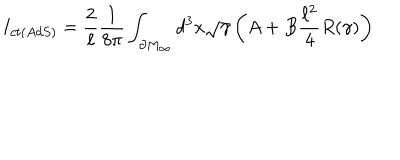
I _ { c t ( A d S ) } = \frac { 2 } { \ell } \frac { 1 } { 8 \pi } \int _ { \partial M _ { \infty } } d ^ { 3 } x \sqrt { \gamma } \left( A + B \frac { \ell ^ { 2 } } { 4 } R ( \gamma ) \right)